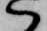
ハ